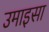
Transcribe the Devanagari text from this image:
उमाइसा